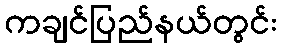
ကချင်ပြည်နယ်တွင်း